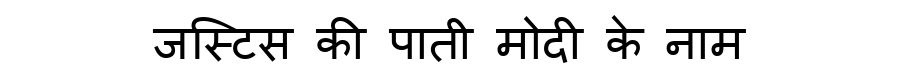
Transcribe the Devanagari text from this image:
जस्टिस की पाती मोदी के नाम